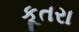
કૂતરા